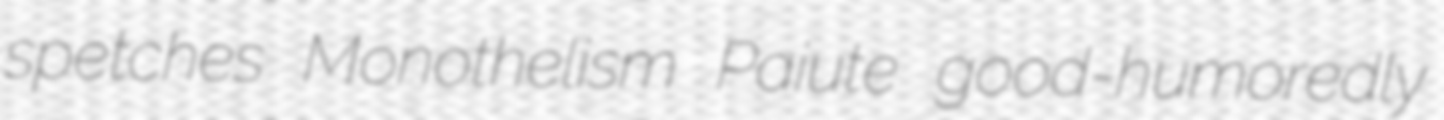
spetches Monothelism Paiute good-humoredly